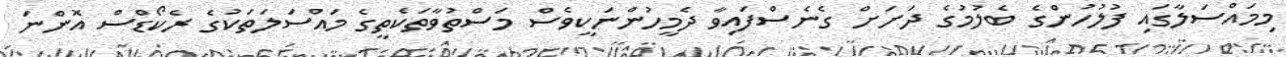
މިމައްސަލާގައި ފުލުހުންގެ ބެލުމުގެ ދަށަށް ގެނެސްފައިވާ ދެމީހުންނަކީވެސް މަސްތުވާތަކެތީގެ މައްސަލަތަކުގެ ރެކޯޑްސް އޮންނަ